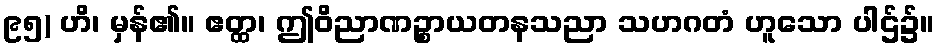
၉၅) ဟိ၊ မှန်၏။ ဧတ္ထ၊ ဤဝိညာဏဉ္စာယတနသညာ သဟဂတံ ဟူသော ပါဌ်၌။